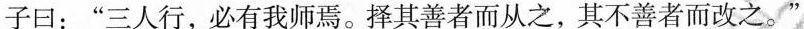
子曰：”三人行，必有我师焉。择其善者而从之，其不善者而改之。”